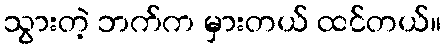
သွားတဲ့ ဘက်က မှားတယ် ထင်တယ်။